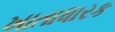
ખાતાધારક